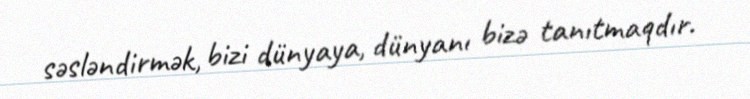
səsləndirmək, bizi dünyaya, dünyanı bizə tanıtmaqdır.